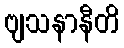
ဗျသနာနီတိ